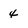
Character: 4